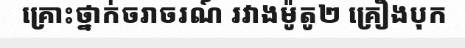
គ្រោះថ្នាក់ចរាចរណ៍ រវាងម៉ូតូ២ គ្រឿងបុក